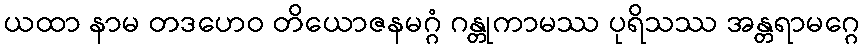
ယထာ နာမ တဒဟေဝ တိယောဇနမဂ္ဂံ ဂန္တုကာမဿ ပုရိသဿ အန္တရာမဂ္ဂေ